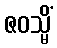
ဇဝသ္မိံ